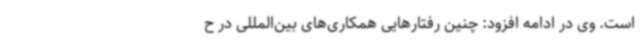
است. وی در ادامه افزود: چنین رفتارهایی همکاری‌های بین‌المللی در ح